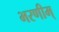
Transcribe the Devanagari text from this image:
भरणीम्